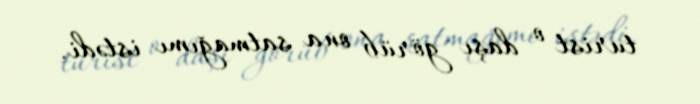
turist o daşı görüb ona satmağımı istədi.